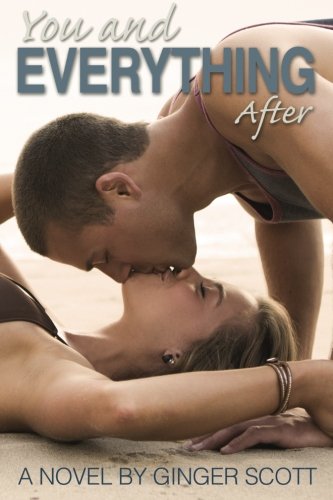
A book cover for You and Everything After (The Falling Series) (Volume 2); Ginger Scott; Romance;